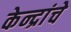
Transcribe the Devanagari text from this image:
केन्द्रांचे